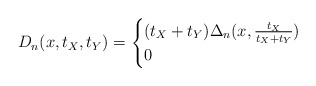
\begin{align*}D_n(x,t_X,t_Y)= \begin{cases}(t_X+t_Y)\Delta_n(x,\frac{t_X}{t_X+t_Y})&\\0&\end{cases}\end{align*}